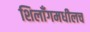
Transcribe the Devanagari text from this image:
शिलाँगमधीलच